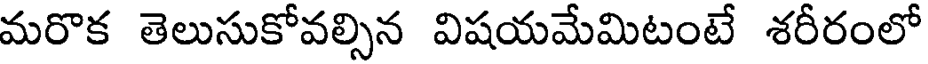
మరొక తెలుసుకోవల్సిన విషయమేమిటంటే శరీరంలో